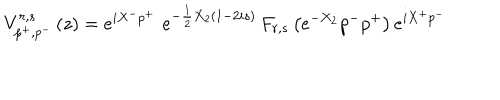
LaTeX: V _ { p ^ { + } , p ^ { - } } ^ { r , s } \left( z \right) = e ^ { i X ^ { - } p ^ { + } } \, \, e ^ { - \frac 1 2 X _ { 2 } \left( 1 - 2 i s \right) } \, F _ { r , s } \left( e ^ { - X _ { 2 } } p ^ { - } p ^ { + } \right) e ^ { i X ^ { + } p ^ { - } }